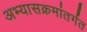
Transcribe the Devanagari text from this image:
अभ्यासक्रमांतर्गत